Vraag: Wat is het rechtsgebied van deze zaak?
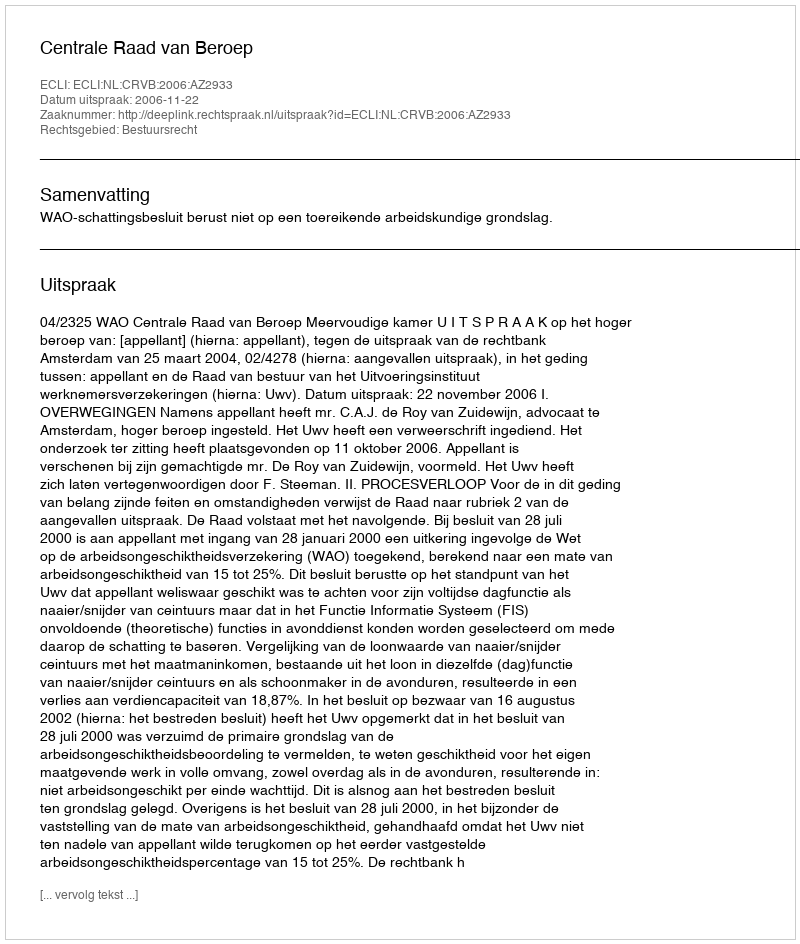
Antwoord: Bestuursrecht